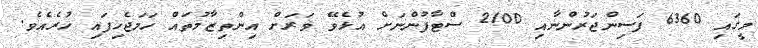
މީގައި 6360 ފަސިންޖަރުންނާއި 2100 ސްޓާފުންނަށް އުޅެވޭ ވަރަށް އިންތިޒާމުތައް ހަމަޖެހިފައި ހުރެއެވެ.